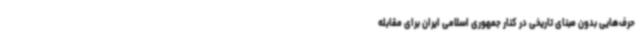
حرف‌هایی بدون مبنای تاریخی در کنار جمهوری اسلامی ایران برای مقابله